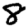
Digit: 8